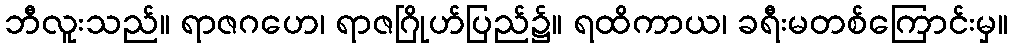
ဘီလူးသည်။ ရာဇဂဟေ၊ ရာဇဂြိုဟ်ပြည်၌။ ရထိကာယ၊ ခရီးမတစ်ကြောင်းမှ။